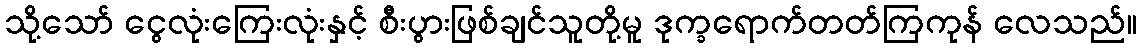
သို့သော် ငွေလုံးကြေးလုံးနှင့် စီးပွားဖြစ်ချင်သူတို့မူ ဒုက္ခရောက်တတ်ကြကုန် လေသည်။